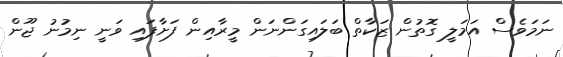
ނަމަވެސް އަމަލީ ގޮތުން ޒަކާތް ބަލައިގަންނަން މީރާއިން ފަށާފައި ވަނީ ނިމުނު ޖޫން